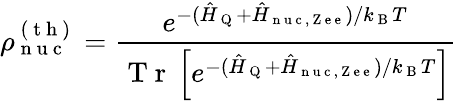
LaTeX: \rho_{\mathrm{~n~u~c~}}^{\mathrm{~(~t~h~)~}}=\frac{e^{-(\hat{H}_{\mathrm{~Q~}}+\hat{H}_{\mathrm{~n~u~c~,~Z~e~e~}})/k_{\mathrm{~B~}}T}}{\mathrm{~T~r~}\left[e^{-(\hat{H}_{\mathrm{~Q~}}+\hat{H}_{\mathrm{~n~u~c~,~Z~e~e~}})/k_{\mathrm{~B~}}T}\right]}